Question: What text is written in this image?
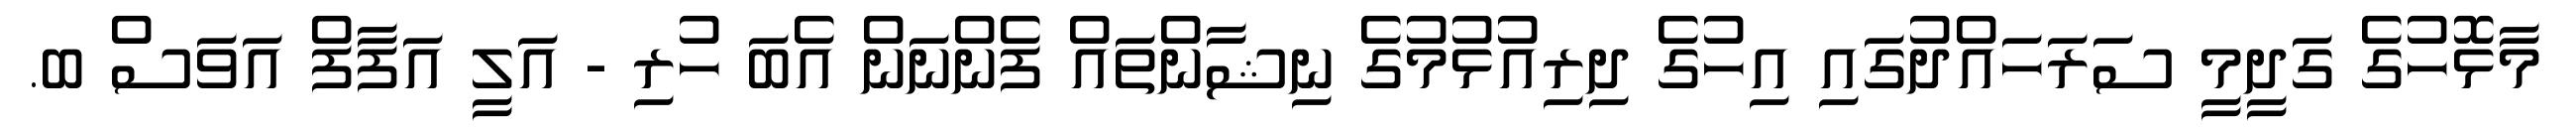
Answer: މާޅޮހުގެ ގަދީމީ ސަރަހައްދުގައި އިހުގެ ދިރިއުޅުމުގެ ނިޝާންތައް ފެންނަން އެބަ ހުރި - އަލީ އަފާފް އަވަސް ބ.